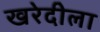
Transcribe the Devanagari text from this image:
खरेदीला